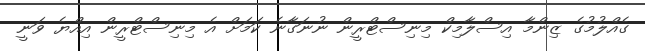
ގެއްލުމުގެ ޒިންމާ އިސްލާމިކް މިނިސްޓްރީން ނުނަގާނެ ކަމަށް އެ މިނިސްޓްރީން އިއްޔެ ވަނީ